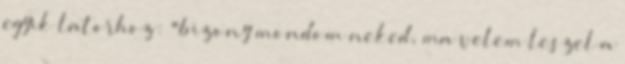
egyik latorhoz: "bizony mondom neked, ma velem leszel a